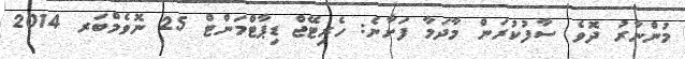
މުންނާރު ދޮވެ ސާފުކުރަން މާދަމާ ފަށާނެ: ހެރިޓޭޖް ޑިޕާޓްމަންޓް 25 ނޮވެމްބަރ 2014